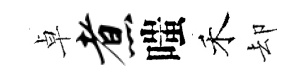
卓煮嗤禾却